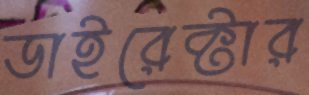
ডাইরেক্টার